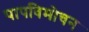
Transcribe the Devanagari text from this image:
पापविमोचन